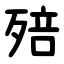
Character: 殕